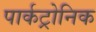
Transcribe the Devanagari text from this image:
पार्कट्रोनिक